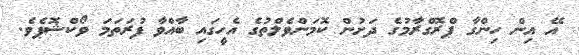
އޭ އިން ހިންގާ ޕްރޮގްރާމުގެ ދަށުން ކޮމަންވެލްތުގެ އެހީގައި ބާއްވާ ފުރަތަމަ ވޯކްޝޮޕެވެ.